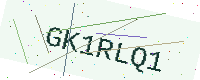
Text: GK1RLQ1